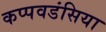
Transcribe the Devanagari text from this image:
कप्पवडंसिया